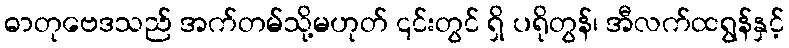
ဓာတုဗေဒသည် အက်တမ်သို့မဟုတ် ၎င်းတွင် ရှိ ပရိုတွန်၊ အီလက်ထရွန်နှင့်